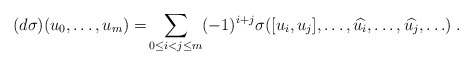
\begin{align*} (d\sigma)(u_0,\ldots, u_m) = & \sum_{0\leq i<j\leq m} (-1)^{i+j} \sigma( [u_i,u_j],\ldots, \widehat{u_i},\ldots, \widehat{u_j},\ldots) \; . \end{align*}